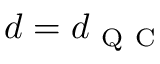
d = d _ { \mathrm { ~ Q ~ C ~ } }